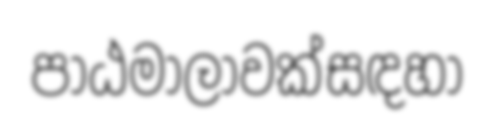
පාඨමාලාවක්සඳහා